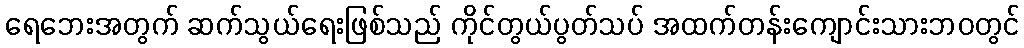
ရေဘေးအတွက် ဆက်သွယ်ရေးဖြစ်သည် ကိုင်တွယ်ပွတ်သပ် အထက်တန်းကျောင်းသားဘဝတွင်